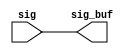
// ========== Copyright Header Begin ==========================================
// 
// OpenSPARC T1 Processor File: sctag_cpx_rptr_1.v
// Copyright (c) 2006 Sun Microsystems, Inc.  All Rights Reserved.
// DO NOT ALTER OR REMOVE COPYRIGHT NOTICES.
// 
// The above named program is free software; you can redistribute it and/or
// modify it under the terms of the GNU General Public
// License version 2 as published by the Free Software Foundation.
// 
// The above named program is distributed in the hope that it will be 
// useful, but WITHOUT ANY WARRANTY; without even the implied warranty of
// MERCHANTABILITY or FITNESS FOR A PARTICULAR PURPOSE.  See the GNU
// General Public License for more details.
// 
// You should have received a copy of the GNU General Public
// License along with this work; if not, write to the Free Software
// Foundation, Inc., 51 Franklin St, Fifth Floor, Boston, MA 02110-1301, USA.
// 
// ========== Copyright Header End ============================================
module sctag_cpx_rptr_1 (/*AUTOARG*/
   // Outputs
   sig_buf, 
   // Inputs
   sig
   );

// this repeater has 164 bits

output	[163:0]	sig_buf;
input	[163:0]	sig;


assign	sig_buf  = sig;

//output [7:0]             sctag_cpx_req_cq_buf;   // sctag to processor request
//output                   sctag_cpx_atom_cq_buf;
//output [`CPX_WIDTH-1:0]  sctag_cpx_data_ca_buf;  // sctag to cpx data pkt
//output [7:0]             cpx_sctag_grant_cx_buf; 

//input [7:0]             sctag_cpx_req_cq;   // sctag to processor request
//input                   sctag_cpx_atom_cq;
//input [`CPX_WIDTH-1:0]  sctag_cpx_data_ca;  // sctag to cpx data pkt
//input [7:0]             cpx_sctag_grant_cx; 


//assign	sctag_cpx_atom_cq_buf = sctag_cpx_atom_cq; 
//assign	sctag_cpx_data_ca_buf = sctag_cpx_data_ca;
//assign	cpx_sctag_grant_cx_buf = cpx_sctag_grant_cx;
//assign	sctag_cpx_req_cq_buf = sctag_cpx_req_cq;

endmodule